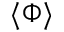
\langle { \Phi } \rangle